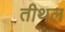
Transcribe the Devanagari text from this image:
तीथल